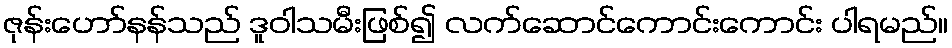
ဇုန်းဟော်နန်သည် ဒူဝါသမီးဖြစ်၍ လက်ဆောင်ကောင်းကောင်း ပါရမည်။